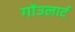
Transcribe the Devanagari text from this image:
गाॅउलार्ट